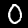
Label: 0